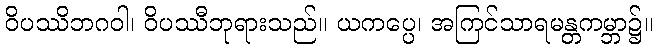
ဝိပဿိဘဂဝါ၊ ဝိပဿီဘုရားသည်။ ယကပ္ပေ၊ အကြင်သာရမန္တကမ္ဘာ၌။